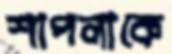
শাপলাকে